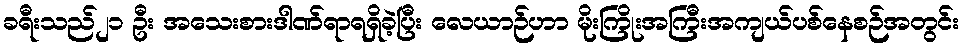
ခရီးသည်၂၁ ဦး အသေးစားဒါဏ်ရာရရှိခဲ့ပြီး လေယာဉ်ဟာ မိုးကြိုးအကြီးအကျယ်ပစ်နေစဉ်အတွင်း